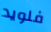
فلويد